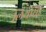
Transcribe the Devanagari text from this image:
लिथेसिई